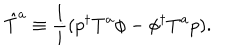
\hat { T } ^ { a } \equiv \frac { 1 } { i } ( p ^ { \dagger } T ^ { a } \phi - \phi ^ { \dagger } T ^ { a } p ) .